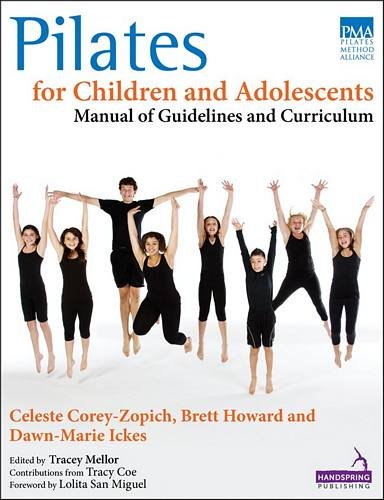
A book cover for Pilates for Children and Adolescents: Manual of Guidelines and Curriculum; Celeste Corey-Zopich; Health, Fitness & Dieting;